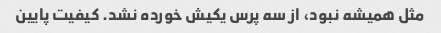
مثل همیشه نبود، از سه پرس یکیش خورده نشد. کیفیت پایین